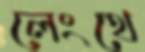
লেংথে